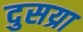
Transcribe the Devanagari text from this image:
दुसय्रा